Annual report on the mental hospital in the Central Provinces and Berar (Nagpur) - 1927-1951
Year: 1927
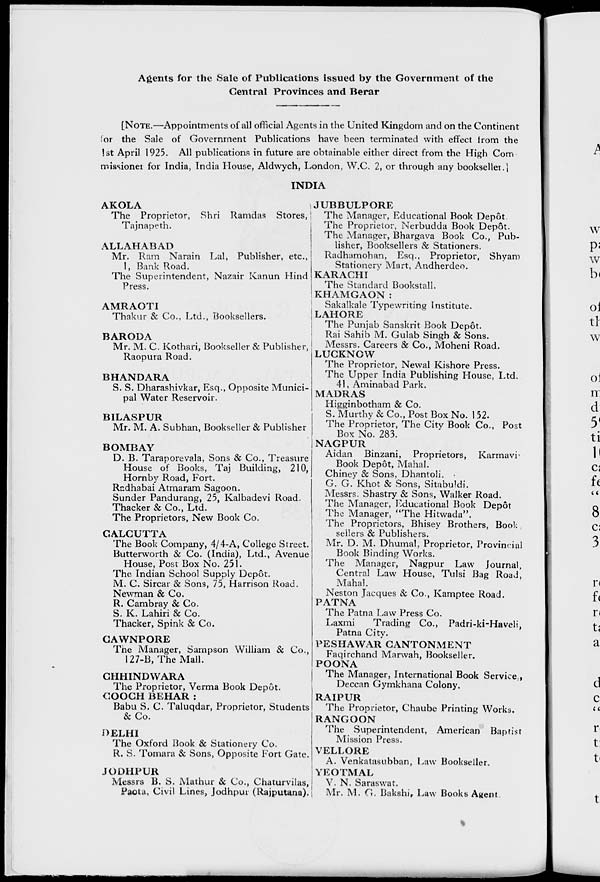
Agents for the Sale of Publications issued by the Government of the
Central Provinces and Berar
[NOTE.—Appointments of all official Agents in the United Kingdom and on the Continent
for the Sale of Government Publications have been terminated with effect from the
1st April 1925. All publications in future are obtainable either direct from the High Com
missioner for India, India House, Aldwych, London, W.C. 2, or through any bookseller.]
INDIA
AKOLA
The Proprietor, Shri Ramdas Stores,
Tajnapeth.
ALLAHABAD
Mr. Ram Narain Lal, Publisher, etc.,
1, Bank Road.
The Superintendent, Nazair Kanun Hind
Press.
AMRAOTI
Thakur & Co., Ltd., Booksellers.
BARODA
Mr. M. C. Kothari, Bookseller & Publisher,
Raopura Road.
BHANDARA
S. S. Dharashivkar, Esq., Opposite Munici-
pal Water Reservoir.
BILASPUR
Mr. M. A. Subhan, Bookseller & Publisher
BOMBAY
D. B. Taraporevala, Sons & Co., Treasure
House of Books, Taj Building, 210,
Hornby Road, Fort.
Radhabai Atmaram Sagoon.
Sunder Pandurang, 25, Kalbadevi Road.
Thacker & Co., Ltd.
The Proprietors, New Book Co.
CALCUTTA
The Book Company, 4/4-A, College Street.
Butterworth & Co. (India), Ltd., Avenue
House, Post Box No. 251.
The Indian School Supply Depôt.
M. C. Sircar & Sons, 75, Harrison Road.
Newman & Co.
R. Cambray & Co.
S. K. Lahiri & Co.
Thacker, Spink & Co.
CAWNPORE
The Manager, Sampson William & Co.,
127-B, The Mall.
CHHINDWARA
The Proprietor, Verma Book Depôt.
COOCH BEHAR :
Babu S. C. Taluqdar, Proprietor, Students
&Co.
DELHI
The Oxford Book & Stationery Co.
R. S. Tomara & Sons, Opposite Fort Gate.
JODHPUR
Messrs B. S. Mathur & Co., Chaturvilas,
Paota, Civil Lines, Jodhpur (Rajputana).
JUBBULPORE
The Manager, Educational Book Depôt.
The Proprietor, Nerbudda Book Depôt.
The Manager, Bhargava Book Co., Pub-
lisher, Booksellers & Stationers.
Radhamohan, Esq., Proprietor, Shyam
Stationery Mart, Andherdeo.
KARACHI
The Standard Bookstall.
KHAMGAON :
Sakalkale Typewriting Institute.
LAHORE
The Punjab Sanskrit Book Depôt.
Rai Sahib M. Gulab Singh & Sons.
Messrs. Careers & Co., Moheni Road.
LUCKNOW
The Proprietor, Newal Kishore Press.
The Upper India Publishing House, Ltd.
41, Aminabad Park.
MADRAS
Higginbotham & Co.
S. Murthy & Co., Post Box No. 152.
The Proprietor, The City Book Co., Post
Box No. 283.
NAGPUR
Aidan Binzani, Proprietors,
Karrnavi
Book Depôt, Mahal.
Chiney & Sons, Dhantoli.
G. G. Khot & Sons, Sitabuldi.
Messrs. Shastry & Sons, Walker Road.
The Manager, Educational Book Depôt
The Manager, "The Hitwada".
The Proprietors, Bhisey Brothers, Book
sellers & Publishers.
Mr. D. M. Dhumal, Proprietor, Provincial
Book Binding Works.
The Manager, Nagpur Law Journal,
Central Law House, Tulsi Bag Road,
Mahal.
Neston Jacques & Co., Kamptee Road.
PATNA
The Patna Law Press Co.
Laxmi
Trading Co., Padri-ki-Haveli,
Patna City.
PESHAWAR CANTONMENT
Faqirchand Marwah, Bookseller.
POONA
The Manager, International Book Service,
Deccan Gymkhana Colony.
RAIPUR
The Proprietor, Chaube Printing Works.
RANGOON
The Superintendent, American Baptist
Mission Press.
VELLORE
A. Venkatasubban, Law Bookseller.
YEOTMAL
V. N. Saraswat.
Mr. M. G. Bakshi, Law Books Agent.